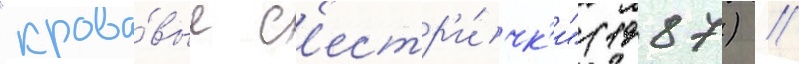
"крова́вые с'естр'и́чк'и" (1987) //